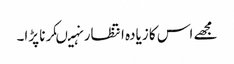
مجھے اس کا زیادہ انتظار نہیںکرنا پڑا۔